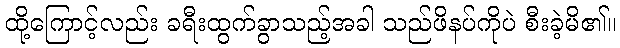
ထို့ကြောင့်လည်း ခရီးထွက်ခွာသည့်အခါ သည်ဖိနပ်ကိုပဲ စီးခဲ့မိ၏။